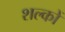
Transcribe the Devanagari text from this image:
शल्‍कों